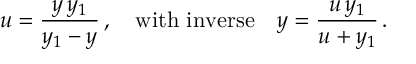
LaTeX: u = \frac { y \, y _ { 1 } } { y _ { 1 } - y } \, , \quad \mathrm { w i t h ~ i n v e r s e } \quad y = \frac { u \, y _ { 1 } } { u + y _ { 1 } } \, .